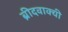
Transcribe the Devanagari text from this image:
ब्रीदवाक्यी